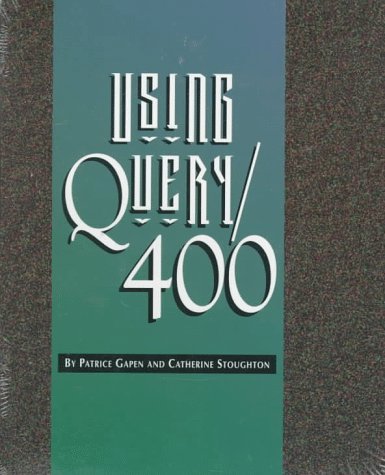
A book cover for Using Query/400; Patrice Gapen; Computers & Technology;